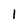
Character: 1